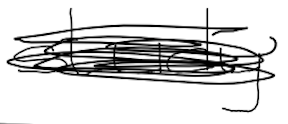
Text: study
Cross-out: scratch
Writing tool: digital_black